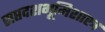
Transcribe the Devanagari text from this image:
सप्तदशभूमिशास्त्र